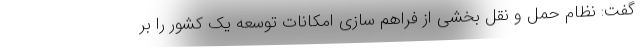
گفت: نظام حمل و نقل بخشی از فراهم سازی امکانات توسعه یک کشور را بر